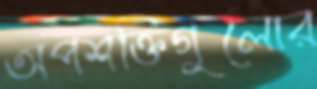
অপশক্তিগুলোর